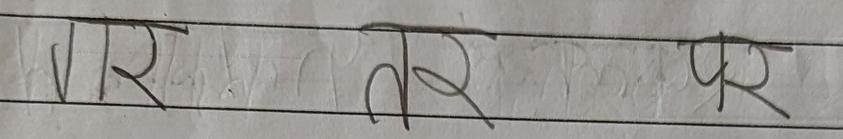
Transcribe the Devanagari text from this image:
वार तर पर